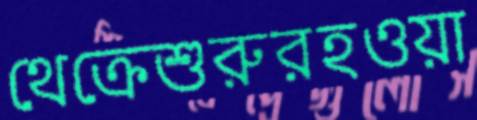
থেক্রেশুরুরহওয়া